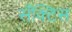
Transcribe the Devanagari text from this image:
सँक्टिस